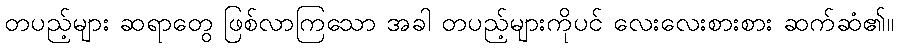
တပည့်များ ဆရာတွေ ဖြစ်လာကြသော အခါ တပည့်များကိုပင် လေးလေးစားစား ဆက်ဆံ၏။